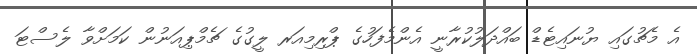
އެ މެޗުގައި ޔުނައިޓެޑް ބައްދަލުކުރާނީ އެންމެފަހުގެ ޕްރިމިއަރ ލީގުގެ ޗެމްޕިއަނުން ކަމަށްވާ ލެސްޓަ